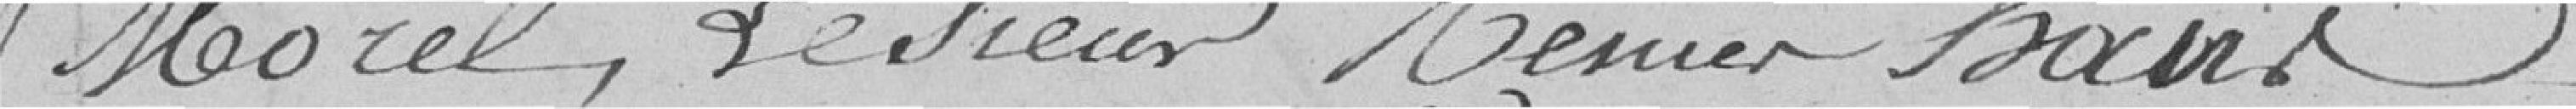
Morel, le sieur Renier Haus